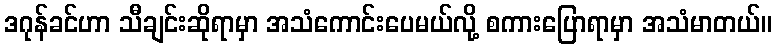
ဒဂုန်ခင်ဟာ သီချင်းဆိုရာမှာ အသံကောင်းပေမယ်လို့ စကားပြောရာမှာ အသံမာတယ်။